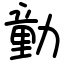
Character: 勭